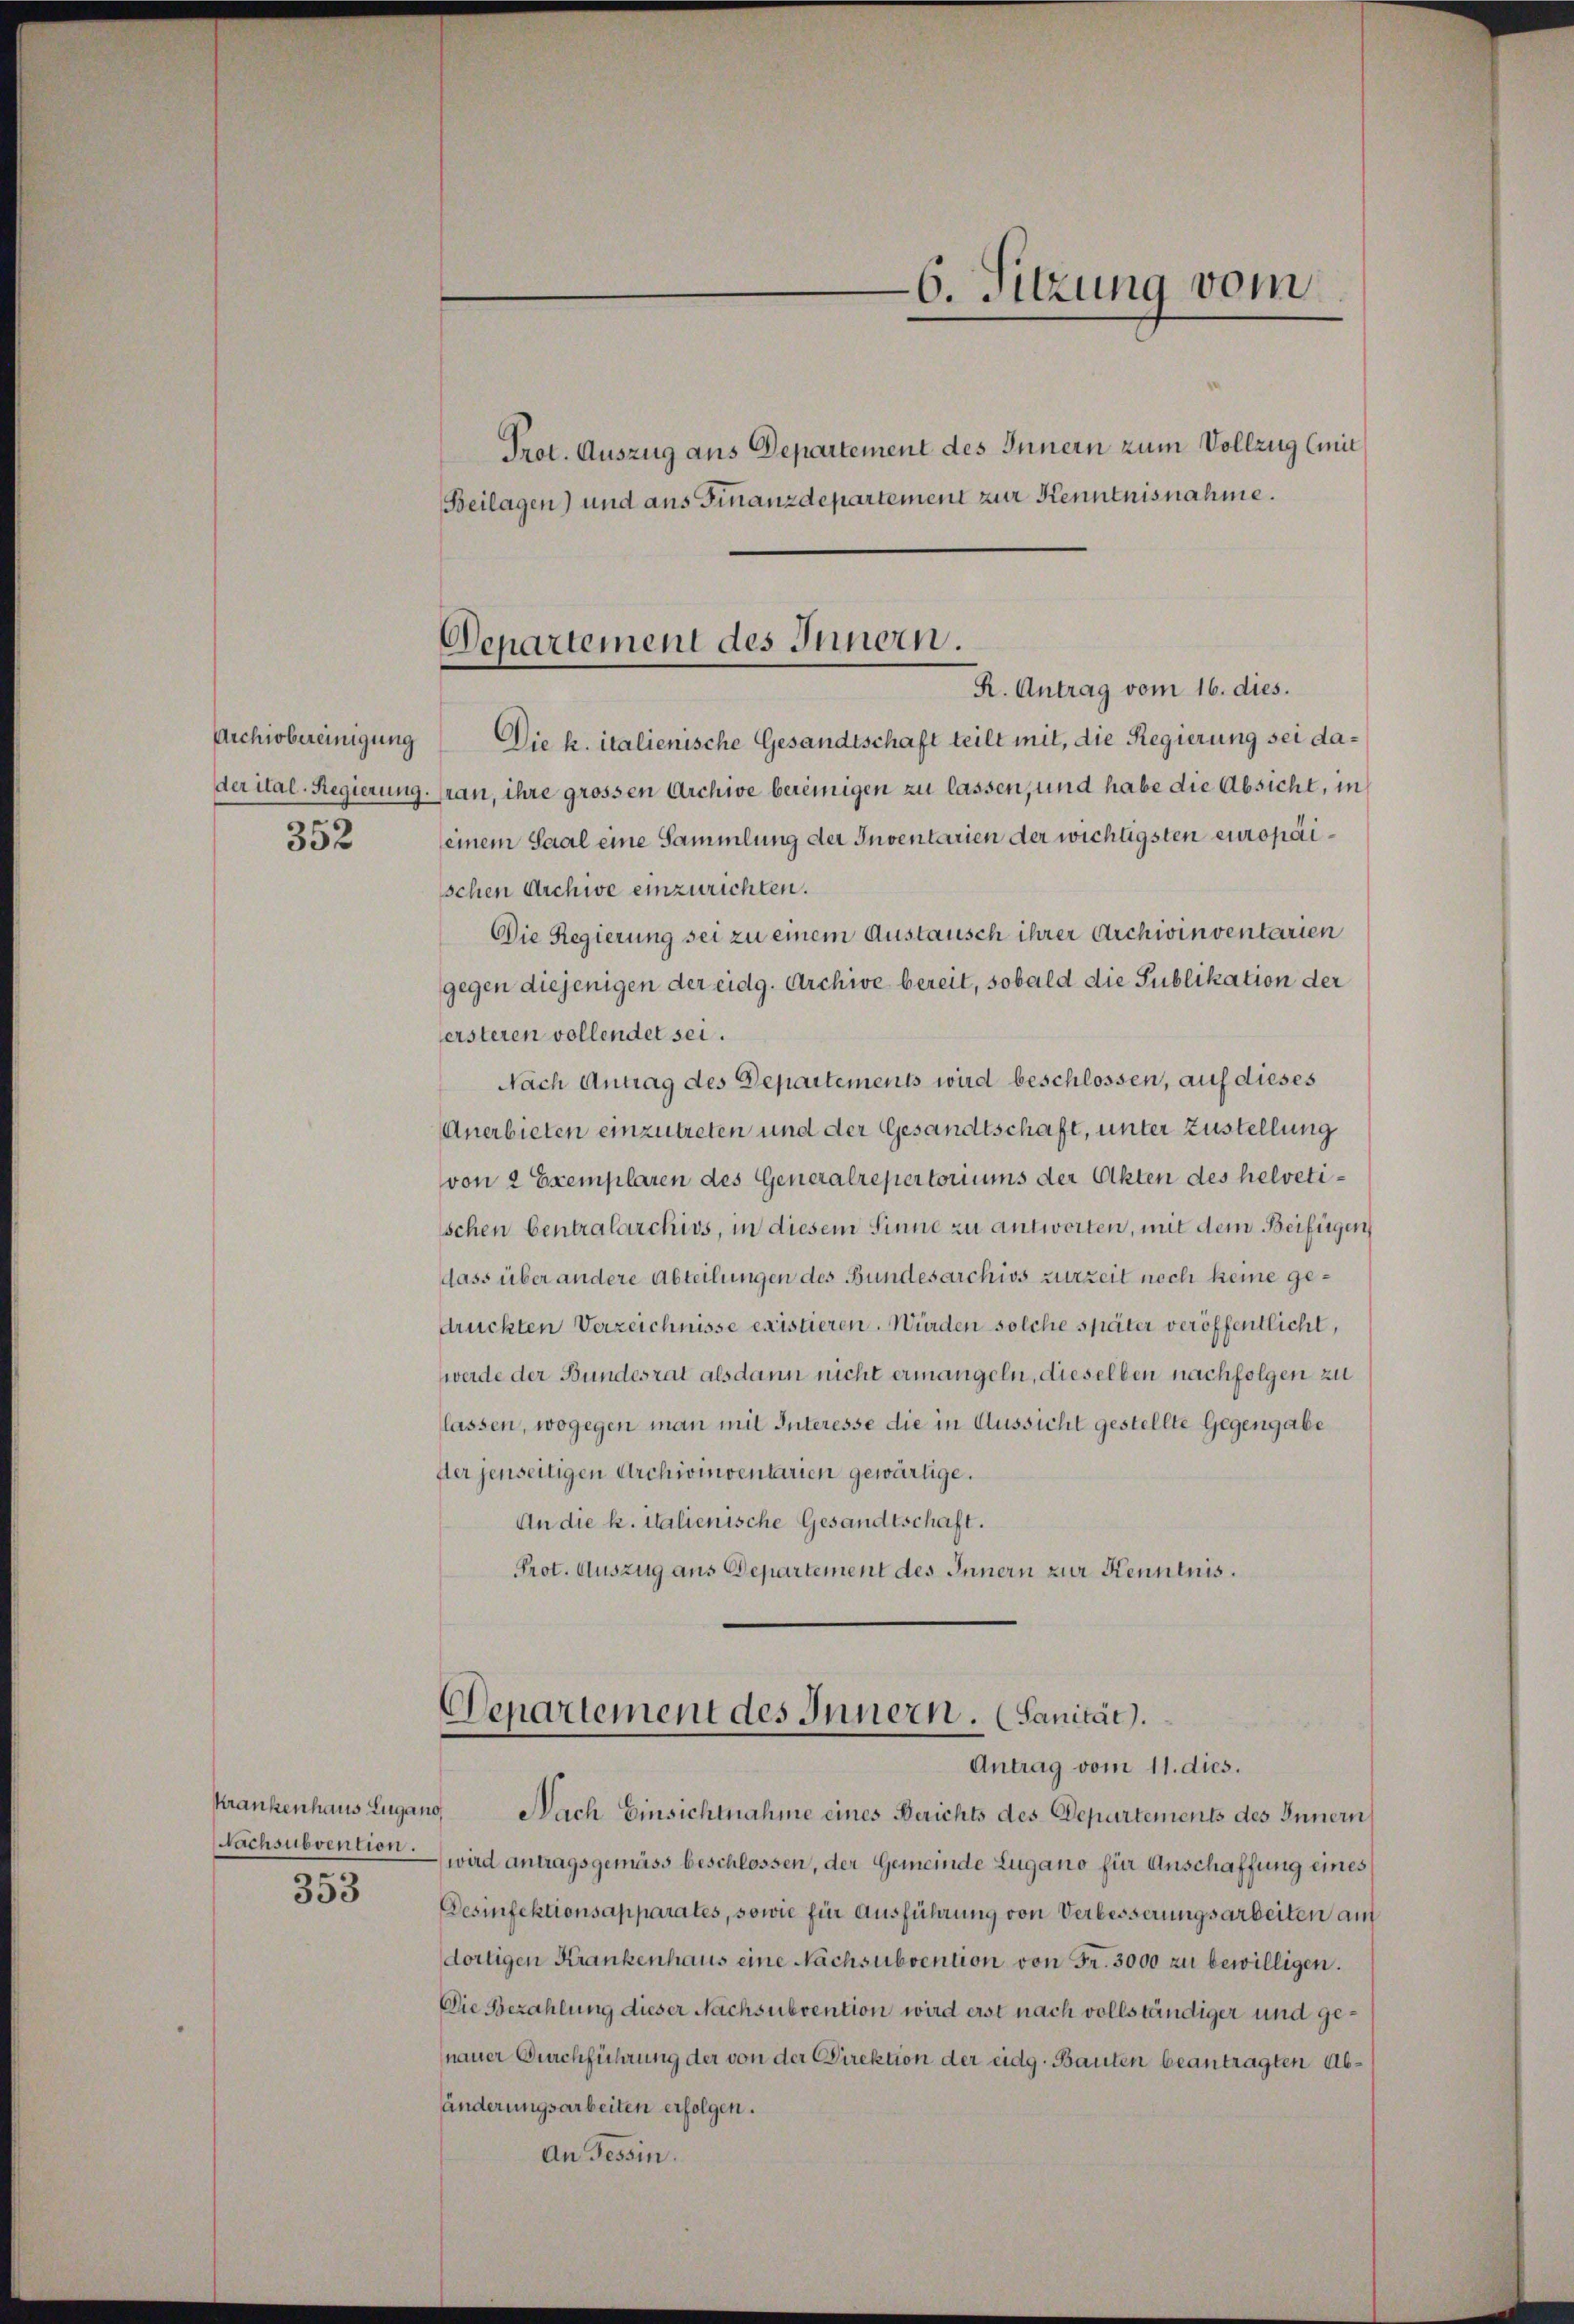
352

Krankenhaus Lugano,
353

6. Sitzung vom

Prot. Auszug aus Departement des Innern zum Vollzug (mit
Beilagen) und aus Finanzdepartement zur Kenntnisnahme.

Departement des Innern.
R. Antrag vom 16. dies.

Archiobereinigung Die k. italienische Gesandtschaft teilt mit, die Regierung sei dader ital-Regierung. pran, ihre grossen Archive bereinigen zu lassen, und habe die Absicht, in
seinem Saal eine Sammlung der Inventarien der wichtigsten europaischen Archive einzurichten.
Die Regierung sei zu einem Austausch ihrer Archivinventarien
gegen diejenigen der eidg. Archive bereit, sobald die Publikation der
ersteren vollendet sei.
Nach Antrag des Departements wird beschlossen, auf dieses
Anerbieten einzutreten und der Gesandtschaft, unter Zustellung
von 2 Exemplaren des Generalrepertoriums der Akten des helvetischen Centralarchivs, in diesem Sinne zu antworten, mit dem Beifügen
dass über andere Abteilungen des Bundesarchivs zurzeit noch keine gedruckten Verzeichnisse existieren. Würden solche später veröffentlicht,
werde der Bundesrat alsdann nicht ermangeln, dieselben nachfolgen zu
lassen, wogegen man mit Interesse die in Aussicht gestellte Gegengabe
fter jenseitigen Archivinventarien gewärtige.
An die k. italienische Gesandtschaft.
Prot. Auszug aus Departement des Innern zur Kenntnis.

Departement des Innern. (Sanität.
Antrag vom 11. dies.

Nach Einsichtnahme eines Berichts des Departements des Innern
(Nachsubvention wird antragsgemäss beschlossen, der Gemeinde Lugano für Anschaffung eines
Desinfektionsapparates, sowie für Ausführung von Verbesserungsarbeiten au
dortigen Krankenhaus eine Nachsubvention von Fr. 3000 zu bewilligen.
Die Bezahlung dieser Nachsubvention wird erst nach vollständiger und genauer Durchführung der von der Direktion der eidg. Bauten beantragten Abänderungsarbeiten erfolgen.
An Tessin.